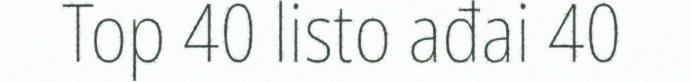
Top 40 listo ađai 40